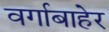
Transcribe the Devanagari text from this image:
वर्गाबाहेर